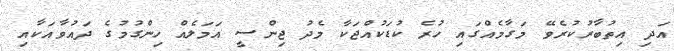
އަދި އިތުބާރުކުރެވޭ މަގާމެއްގައި ހުރެ ކުޑަކުއްޖަކާ މެދު ޖިންސީ އަމަލެއް ހިންގުމުގެ ދައުވާއަކާއި